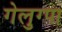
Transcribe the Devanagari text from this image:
गेलुग्पा